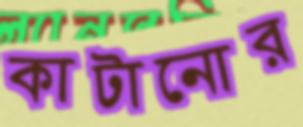
কাটানোর